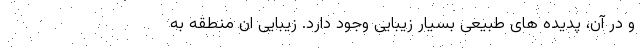
و در آن، پدیده های طبیعی بسیار زیبایی وجود دارد. زیبایی ان منطقه به